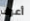
أعرف